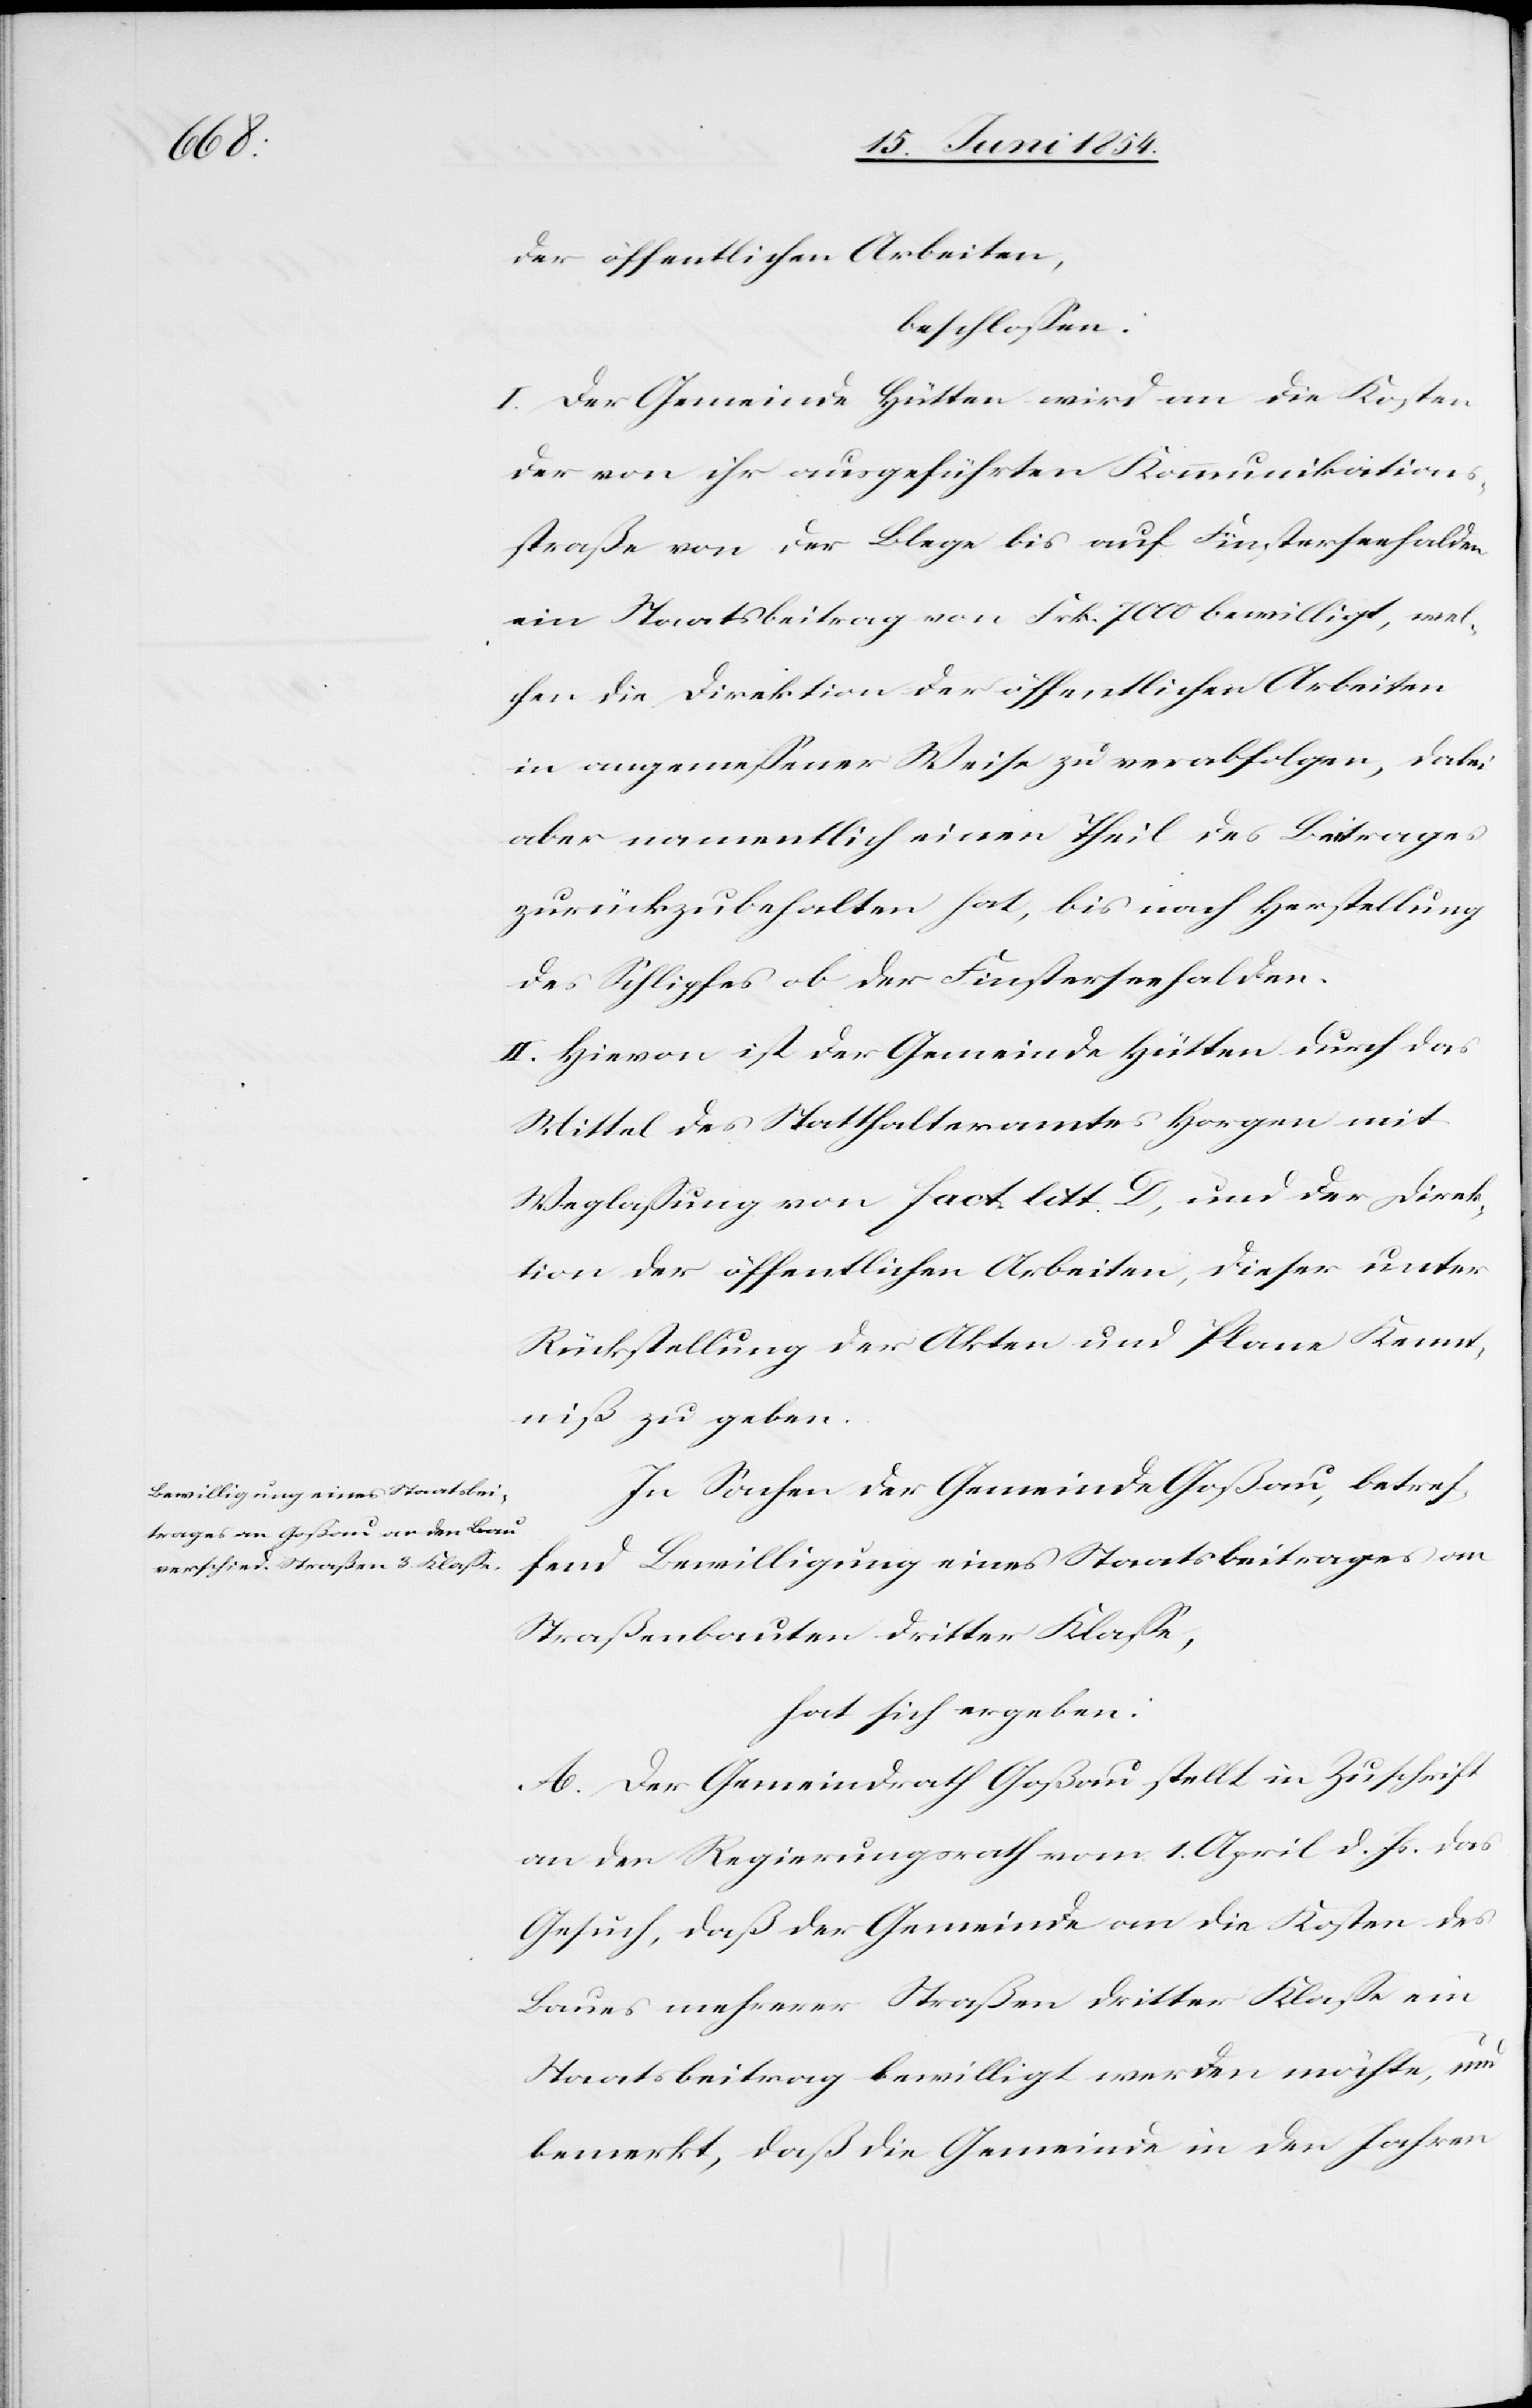
der öffentlichen Arbeiten,
beschloßen:
I. Der Gemeinde Hütten wird an die Kosten
der von ihr ausgeführten Kommunikation¬
sstraße von der Blege bis auf Finsterseehalden
ein Staatsbeitrag von Frk. 7000 bewilligt, wel¬
chen die Direktion der öffentlichen Arbeiten
in angemeßener Weise zu verabfolgen, dabei
aber namentlich einen Theil des Betrages
zurückzubehalten hat, bis nach Herstellung
des Schlipfes ob der Finsterseehalden.
II. Hievon ist der Gemeinde Hütten durch das
Mittel des Statthalteramtes Horgen mit
Weglaßung von fact. litt. D, und der Direk¬
tion der öffentlichen Arbeiten, dieser unter
Rückstellung der Akten und Plane Kennt¬
niß zu geben.
In Sachen der Gemeinde Goßau, betref¬
fend Bewilligung eines Staatsbeitrages an
Straßenbauten dritter Klaße,
hat sich ergeben:
A. Der Gemeindrath Goßau stellt in Zuschrift
an den Regierungsrath vom 1. April d. Js. das
Gesuch, daß der Gemeinde an die Kosten des
Baues mehrerer Straßen dritter Klaße ein
Staatsbeitrag bewilligt werden möchte, und
bemerkt, daß die Gemeinde in den Jahren